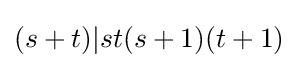
(s+t)|st(s+1)(t+1)